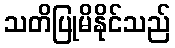
သတိပြုမိနိုင်သည်